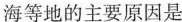
海等地的主要原因是